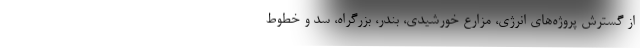
از گسترش پروژه‌های انرژی، مزارع خورشیدی، بندر، بزرگراه‌، سد و خطوط